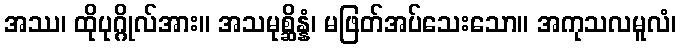
အဿ၊ ထိုပုဂ္ဂိုလ်အား။ အသမုစ္ဆိန္နံ၊ မဖြတ်အပ်သေးသော။ အကုသလမူလံ၊